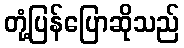
တုံ့ပြန်ပြောဆိုသည်